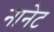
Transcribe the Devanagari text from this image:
नानेट